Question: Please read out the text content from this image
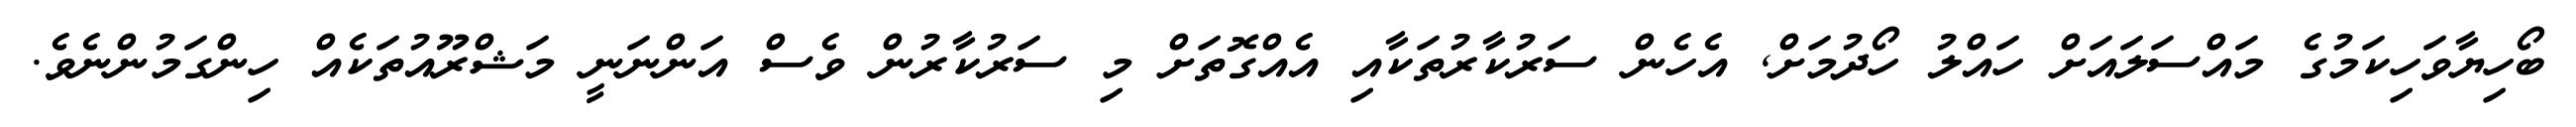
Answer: ބޯހިޔާވަހިކަމުގެ މައްސަލައަށް ހައްލު ހޯދުމަށް, އެހެން ސަރުކާރުތަކާއި އެއްގޮތަށް މި ސަރުކާރުން ވެސް އަންނަނީ މަޝްރޫއުތަކެއް ހިންގަމުންނެވެ.